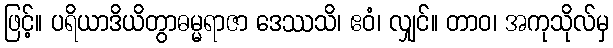
ဖြင့်။ ပရိယာဒိယိတွာဓမ္မရာဇာ ဒေဿသိ၊ ဧဝံ၊ လျှင်။ တာဝ၊ အကုသိုလ်မှ